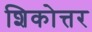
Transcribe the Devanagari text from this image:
शिकोत्तर